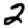
Digit: 2